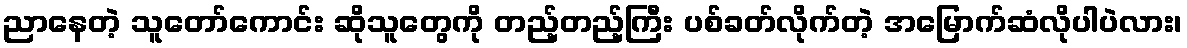
ညာနေတဲ့ သူတော်ကောင်း ဆိုသူတွေကို တည့်တည့်ကြီး ပစ်ခတ်လိုက်တဲ့ အမြောက်ဆံလိုပါပဲလား၊